Indian journal of veterinary science and animal husbandry - Volume 7,
Year: 1937
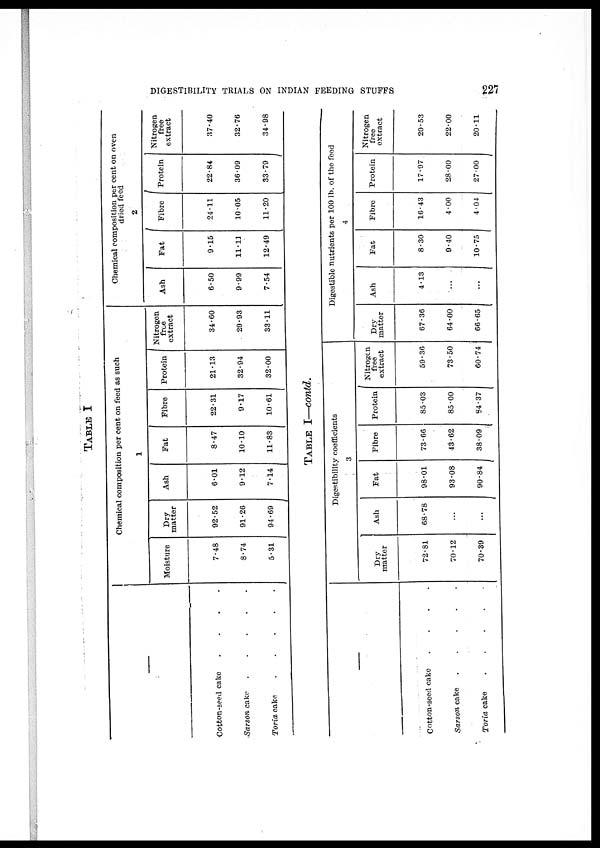
DIGESTIBILITY TRIALS ON INDIAN FEEDING STUFFS
227
TABLE I
—
Cotton-seed cake
.
.
.
.
Sarson cake
.
.
.
.
.
Toria cake
.
.
.
.
.
Chemical composition per cent on feed as such
1
Moisture
7.48
8.74
5.31
Dry
matter
92.52
91.26
94.69
Ash
6.01
9.12
7.14
Fat
8.47
10.10
11.83
Fibre
22.31
9.17
10.61
Protein
21.13
32.94
32.00
Nitrogen
free
extract
34.60
29.93
33.11
Chemical composition per cent on oven
dried feed
2
Ash
6.50
9.99
7.54
Fat
9.15
11.11
12.49
Fibre
24.11
10.05
11.20
Protein
22.84
36.09
33.79
Nitrogen
free
extract
37.40
32.76
34.98
TABLE I—contd.
—
Cotton-seed cake
.
.
.
.
Sarson cake
.
.
.
.
.
Toria cake
.
.
.
.
.
Digestibility coefficients
3
Dry
matter
72.81
70.12
70.39
Ash
68.78
...
...
Fat
98.01
93.08
90.84
Fibre
73.66
43.62
38.09
Protein
85.03
85.00
84.37
Nitrogen
free
extract
59.36
73.50
60.74
Digestible nutrients per 100 lb. of the feed
4
Dry
matter
67.36
64.00
66.65
Ash
4.13
...
...
Fat
8.30
9.40
10.75
Fibre
16.43
4.00
4.04
Protein
17.97
28.00
27.00
Nitrogen
free
extract
20.53
22.00
20.11